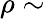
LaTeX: \rho\sim